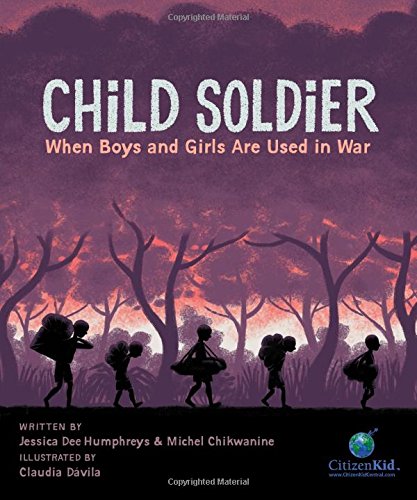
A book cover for Child Soldier: When Boys and Girls Are Used in War (CitizenKid); Michel Chikwanine; Children's Books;